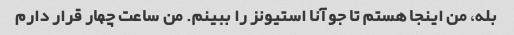
بله، من اینجا هستم تا جوآنا استیونز را ببینم. من ساعت چهار قرار دارم